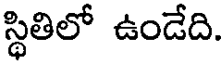
స్థితిలో ఉండేది.